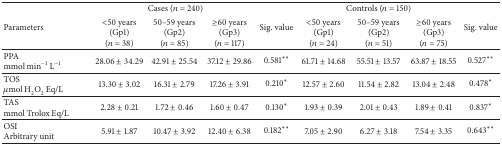
<table><thead><tr><td rowspan="2"><b>Parameters</b></td><td colspan="3"><b>Cases (<i>n</i> = 240)</b></td><td rowspan="2"><b>Sig. value</b></td><td colspan="3"><b>Controls (<i>n</i> = 150)</b></td><td rowspan="2"><b>Sig. value</b></td></tr><tr><td><b>&lt;50 years (Gp1)(<i>n</i> = 38)</b></td><td><b>50–59 years (Gp2)(<i>n</i> = 85)</b></td><td><b>≥60 years(Gp3)(<i>n</i> = 117)</b></td><td><b>&lt;50 years(Gp1)(<i>n</i> = 24)</b></td><td><b>50–59 years(Gp2)(<i>n</i> = 51)</b></td><td><b>≥60 years(Gp3)(<i>n</i> = 75)</b></td></tr></thead><tbody><tr><td>PPAmmol min<sup>−1</sup> L<sup>−1</sup></td><td>28.06 ± 34.29</td><td>42.91 ± 25.54</td><td>37.12 ± 29.86</td><td>0.581<sup>**</sup></td><td>61.71 ± 14.68</td><td>55.51 ± 13.57</td><td>63.87 ± 18.55</td><td>0.527<sup>**</sup></td></tr><tr><td>TOS<i>μ</i>mol H<sub>2</sub>O<sub>2</sub> Eq/L</td><td>13.30 ± 3.02</td><td>16.31 ± 2.79</td><td>17.26 ± 3.91</td><td>0.210<sup>*</sup></td><td>12.57 ± 2.60</td><td>11.54 ± 2.82</td><td>13.04 ± 2.48</td><td>0.478<sup>*</sup></td></tr><tr><td>TASmmol Trolox Eq/L</td><td>2.28 ± 0.21</td><td>1.72 ± 0.46</td><td>1.60 ± 0.47</td><td>0.130<sup>*</sup></td><td>1.93 ± 0.39</td><td>2.01 ± 0.43</td><td>1.89 ± 0.41</td><td>0.837<sup>*</sup></td></tr><tr><td>OSIArbitrary unit</td><td>5.91 ± 1.87</td><td>10.47 ± 3.92</td><td>12.40 ± 6.38</td><td>0.182<sup>**</sup></td><td>7.05 ± 2.90</td><td>6.27 ± 3.18</td><td>7.54 ± 3.35</td><td>0.643<sup>**</sup></td></tr></tbody></table>